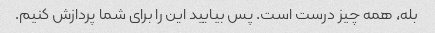
بله، همه چیز درست است. پس بیایید این را برای شما پردازش کنیم.